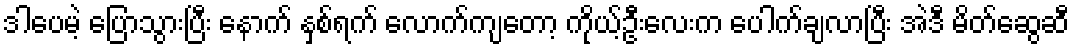
ဒါပေမဲ့ ပြောသွားပြီး နောက် နှစ်ရက် လောက်ကျတော့ ကိုယ့်ဦးလေးက ပေါက်ချလာပြီး အဲဒီ မိတ်ဆွေဆီ